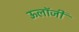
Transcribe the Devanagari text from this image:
ऊलॉजी